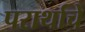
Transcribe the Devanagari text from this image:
परार्थाचे